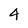
Character: 4